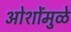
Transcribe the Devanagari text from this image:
ओशोंमुळे